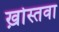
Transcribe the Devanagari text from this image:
ख़ोस्तवा